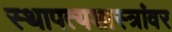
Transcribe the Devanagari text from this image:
स्थापत्यशास्त्रांवर